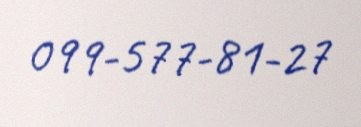
099-577-81-27